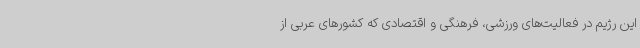
این رژیم در فعالیت‌های ورزشی، فرهنگی و اقتصادی که کشورهای عربی از